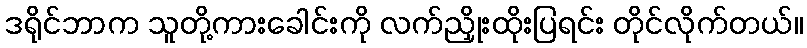
ဒရိုင်ဘာက သူတို့ကားခေါင်းကို လက်ညှိုးထိုးပြရင်း တိုင်လိုက်တယ်။